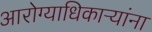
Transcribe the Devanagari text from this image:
आरोग्याधिकाऱ्यांना